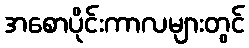
အစောပိုင်းကာလများတွင်